Leaving Certificate Examination, 1913
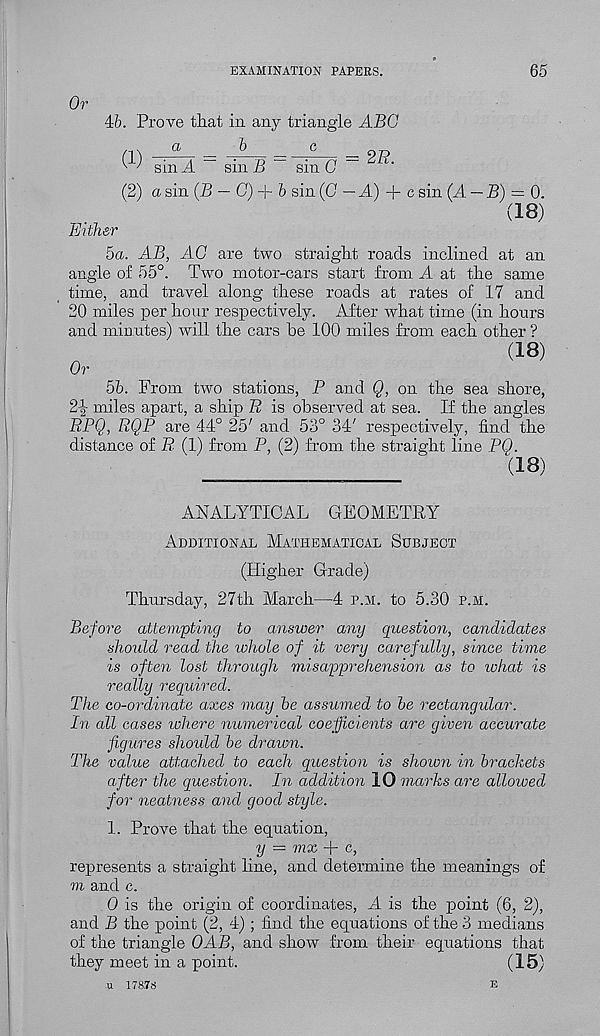
EXAMINATION PAPERS.
65
Or
46. Prove that in any triangle ABG
aba
(1) sin A
sin B
sin C
= 2Z?.
(2) a sin {B — G) + b sin (0 — A) + c sin {A — B)~ 0.
(18)
Either
5a. AB, AG are two straight roads inclined at an
angle of 55°. Two motor-cars start from A at the same
time, and travel along these roads at rates of 17 and
20 miles per hour respectively. After what time (in hours
and minutes) will the cars be 100 miles from each other ?
(18)
Or
5b. From two stations, P and Q, on the sea shore,
2-| miles apart, a ship P is observed at sea. If the angles
PPQ, RQP are 44° 25' and 53° 34' respectively, find the
distance of R (1) from P, (2) from the straight line PQ.
(18)
ANALYTICAL GEOMETRY
Additional Mathematical Subject
(Higher Grade)
Thursday, 27th March—4 p.m. to 5.30 p.m.
Before attempting to answer any question, candidates
should read the lohole of it very carefully, since time
is often lost through misapprehension as to what is
really required.
The co-ordinate axes may be assumed to be rectangular.
In all cases where numerical coefficients are given accurate
figures should be drawn.
The value attached to each question is shown in brackets
after the question. In addition 10 marks are alloioed
for neatness and good style.
1. Prove that the equation,
y = mx + c,
represents a straight line, and determine the meanings of
to and c.
0 is the origin of coordinates, A is the point (6, 2),
and B the point (2, 4); find the equations of the 3 medians
of the triangle OAB, and show from their equations that
they meet in a point.
(15)
•u 178.78
e